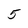
Character: 5